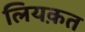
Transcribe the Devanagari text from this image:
लियक़त